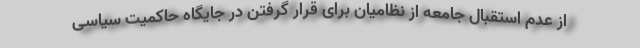
از عدم استقبال جامعه از نظامیان برای قرار گرفتن در جایگاه حاکمیت سیاسی